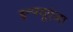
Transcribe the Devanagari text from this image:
इन्फ्यूएंज़ा